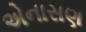
એનાસણ